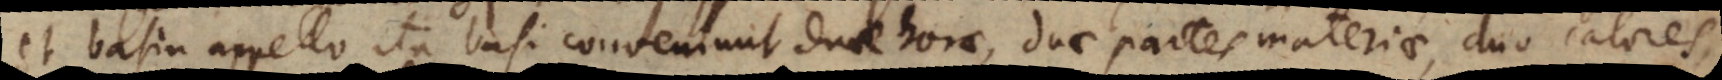
et basin appello, ita basi conveniunt duae horae, duae partes materiae, duo calores,